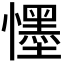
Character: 𭟓